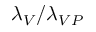
\lambda _ { V } / \lambda _ { V P }